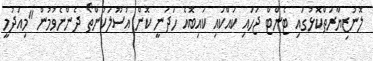
ލޮނުޒިޔާރަތްކޮޅުގައި ޓެންޓް ޖަހައި ކައްކައި ކައިބޮއެ ހަދަނީ ކޮން އުސޫލަކުންތޯ ދެންނެވުމުން "މިއަދުމީ